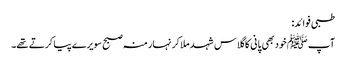
طبی فوائد:
آپ ﷺ خود بھی پانی کا گلاس شہد ملا کر نہار منہ صبح سویرے پیا کرتے تھے۔